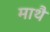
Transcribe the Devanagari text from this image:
माथै